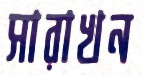
সারাখন